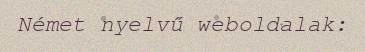
Német nyelvű weboldalak: